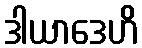
ဒါယာဒေဟိ